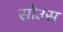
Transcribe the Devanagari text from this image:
सौउस